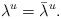
LaTeX: \begin{align*}\lambda^u = \bar{\lambda}^u.\end{align*}